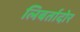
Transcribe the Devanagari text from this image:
लिबर्तादोर